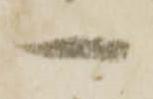
へ